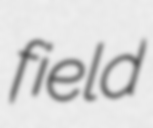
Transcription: field